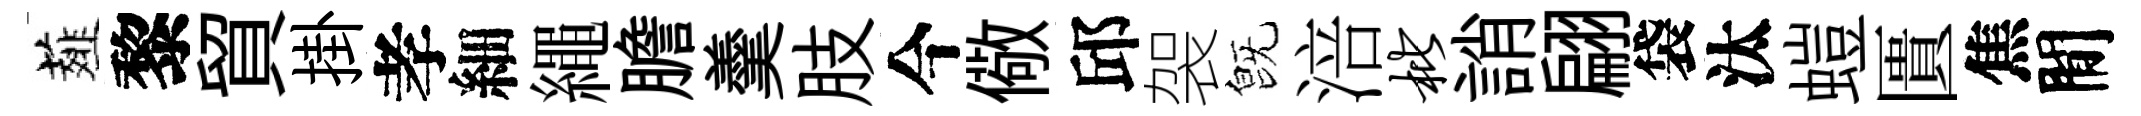
薤黎貿掛孝細繩膽羹肢今儆邱袈旣涪枇誚翩袋汰螘匱焦閒